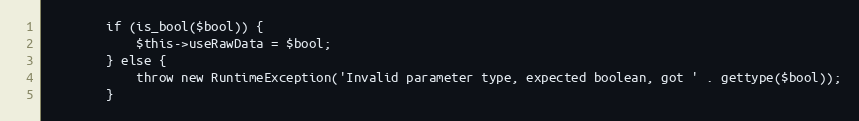
Language: PHP
		if (is_bool($bool)) {
			$this->useRawData = $bool;
		} else {
			throw new RuntimeException('Invalid parameter type, expected boolean, got ' . gettype($bool));
		}